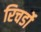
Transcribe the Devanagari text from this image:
रिचर्डो